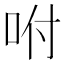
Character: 咐